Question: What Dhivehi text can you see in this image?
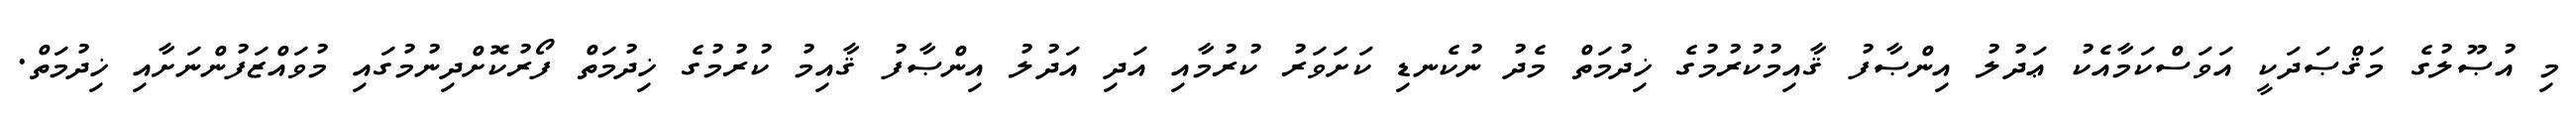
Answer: މި އުޞޫލުގެ މަޤްޞަދަކީ އަވަސްކަމާއެކު ޢަދުލު އިންޞާފު ޤާއިމުކުރުމުގެ ޚިދުމަތް މެދު ނުކެނޑި ކަށަވަރު ކުރުމާއި އަދި އަދުލު އިންޞާފު ޤާއިމު ކުރުމުގެ ޚިދުމަތް ފޯރުކޮށްދިނުމުގައި މުވައްޒަފުންނަށާއި ޚިދުމަތް.